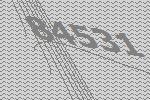
84531